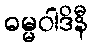
ဓမ္မဝါဒိနီ